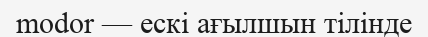
modor — ескі ағылшын тілінде